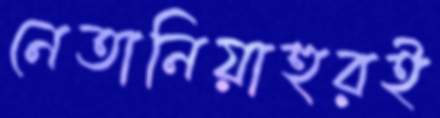
নেতানিয়াহুরই